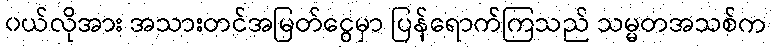
၀ယ်လိုအား အသားတင်အမြတ်ငွေမှာ ပြန်ရောက်ကြသည် သမ္မတအသစ်က